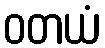
ဝတယံ